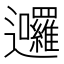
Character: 𮟩